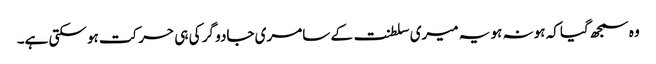
وہ سمجھ گیا کہ ہونہ ہو یہ میری سلطنت کے سامری جادو گر کی ہی حرکت ہو سکتی ہے۔